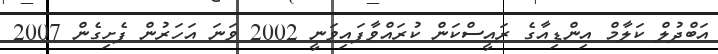
އަބްދުލް ކަލާމް އިންޑިއާގެ ރައީސްކަން ކުރައްވާފައިވަނީ 2002 ވަނަ އަހަރުން ފެށިގެން 2007